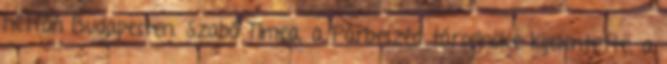
hétfőn Budapesten. Szabó Tímea, a Párbeszéd társelnöke kijelentette, a